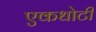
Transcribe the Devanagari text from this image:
एकधोटी